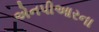
એનપીઆરના